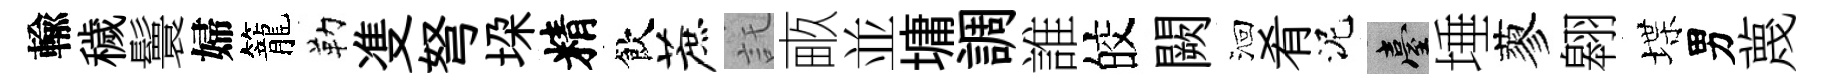
輸穢鬟婦籠勒㕠弩垜精飲蔗託畞並墉調誰皎闕洄肴泥臺埵蓼翱堞男蔑